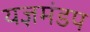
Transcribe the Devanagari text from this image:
यज्ञमंडप